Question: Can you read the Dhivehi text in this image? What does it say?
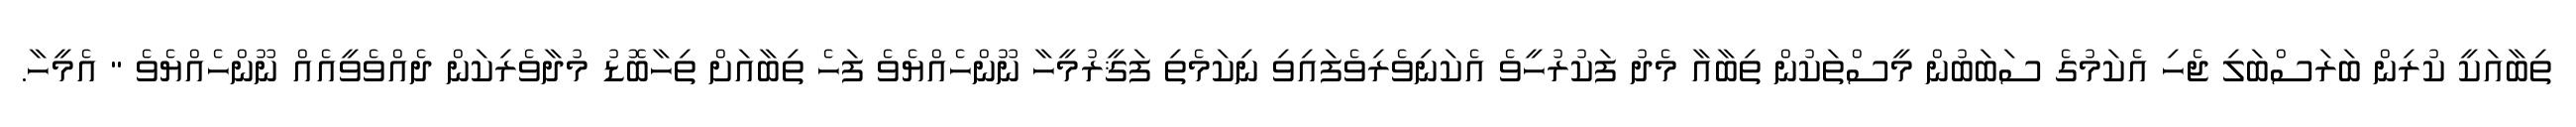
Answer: ތިބާއަކީ ކުރިން ބަރަސްބަލި ޖެހި އެކަމުގެ ސަބަބުން މީސްތަކުން ތިބާއާ މެދު ފަކުރުހީވެ އެކަނިވެރިވެފައިވި ނިކަމެތި ފަޤީރުމީހާ ނޫންހެއްޔެވެ ފަހެ ތިބާއަށް ތިހާބޮޑު މުދާވެރިކަން ދެއްވެވީއެއް ނޫންހެއްޔެވެ " އެމީހާ.